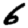
Digit: 6